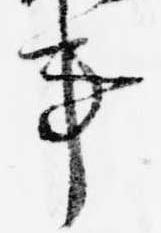
事